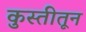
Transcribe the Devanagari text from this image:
कुस्तीतून